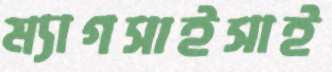
ম্যাগসাইসাই